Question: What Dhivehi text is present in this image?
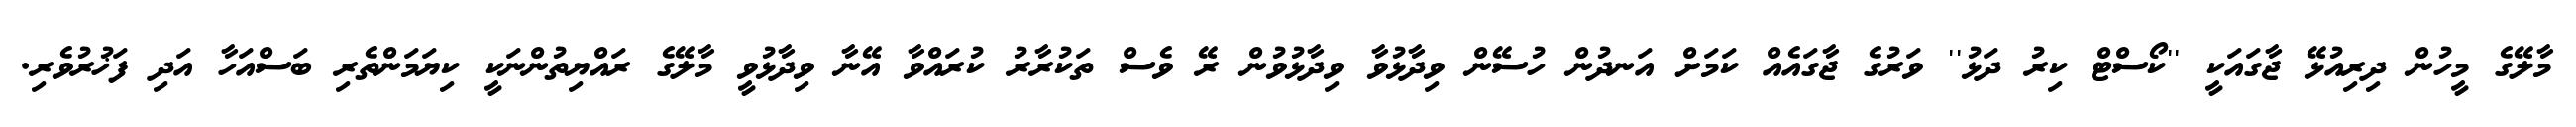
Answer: މާލޭގެ މީހުން ދިރިއުޅޭ ޖާގައަކީ ''ކޯސްޓް ކިރު ދަޅު'' ވަރުގެ ޖާގައެއް ކަމަށް އަނދުން ހުސޭން ވިދާޅުވާ ވިދާޅުވުން ރޭ ވެސް ތަކުރާރު ކުރައްވާ އޭނާ ވިދާޅުވީ މާލޭގެ ރައްޔިތުންނަކީ ކިޔަމަންތެރި ބަސްއަހާ އަދި ފަޚުރުވެރި.